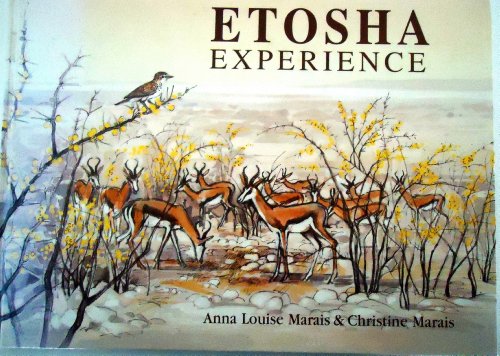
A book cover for Etosha Experience; Anna Louise Marais; Travel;